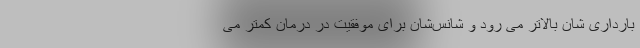
بارداری شان بالاتر می رود و شانس‌شان برای موفقیت در درمان کمتر می